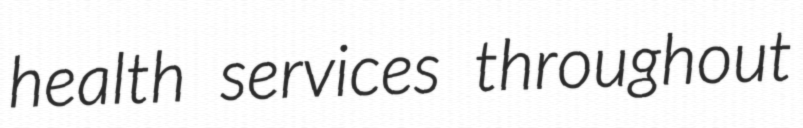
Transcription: health services throughout